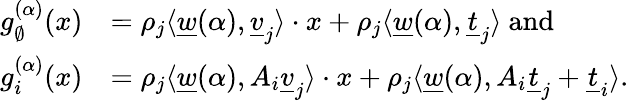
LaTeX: \begin{array}{rl}{g_{\emptyset}^{(\alpha)}(x)}&{=\rho_{j}\langle\underline{{w}}(\alpha),\underline{{v}}_{j}\rangle\cdot x+\rho_{j}\langle\underline{{w}}(\alpha),\underline{{t}}_{j}\rangle\mathrm{~and}}\\ {g_{i}^{(\alpha)}(x)}&{=\rho_{j}\langle\underline{{w}}(\alpha),A_{i}\underline{{v}}_{j}\rangle\cdot x+\rho_{j}\langle\underline{{w}}(\alpha),A_{i}\underline{{t}}_{j}+\underline{{t}}_{i}\rangle.}\end{array}